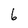
Character: 6